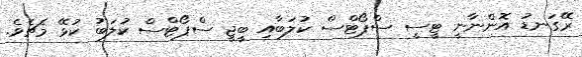
ރޭގަނޑު އޮންނާނީ ޓީސީ ސްޕޯޓްސް ކުލަބާއި ބީޖީ ސްޕޯޓްސް ކުލަބު ކުޅޭ މެޗެވެ.